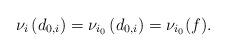
LaTeX: \begin{align*}\nu_i\left(d_{0,i}\right)=\nu_{i_0}\left(d_{0,i}\right)=\nu_{i_0}(f).\end{align*}